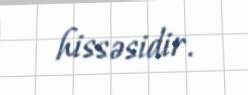
hissəsidir.